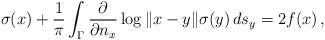
LaTeX: \begin{align*} \sigma(x) + \frac{1}{\pi} \int_\Gamma \frac{\partial}{\partial n_x}\log\|x-y\| \sigma(y) \, ds_y = 2f(x) \, , \end{align*}